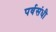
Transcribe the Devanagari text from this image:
पर्वसंधी